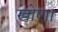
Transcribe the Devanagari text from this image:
खोए।।